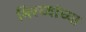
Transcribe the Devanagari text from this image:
मिरच्यांच्या